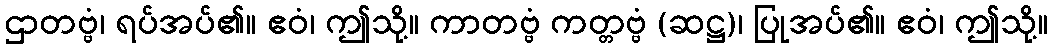
ဌာတဗ္ဗံ၊ ရပ်အပ်၏။ ဧဝံ၊ ဤသို့။ ကာတဗ္ဗံ ကတ္တဗ္ဗံ (ဆဋ္ဌ)၊ ပြုအပ်၏။ ဧဝံ၊ ဤသို့။